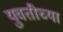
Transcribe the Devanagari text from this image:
युवतीच्या